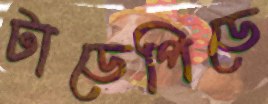
টাডেপিডে